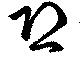
恐